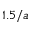
1 . 5 / a